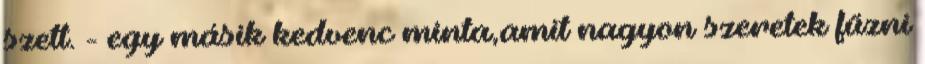
szett. - egy másik kedvenc minta,amit nagyon szeretek fűzni